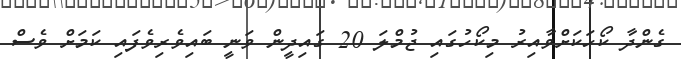
ގެންދާ ކޯހަކަށްވާއިރު މިކޯހުގައި ޖުމްލަ 20 ގައިދީން ވަނީ ބައިވެރިވެފައި ކަމަށް ވެސް